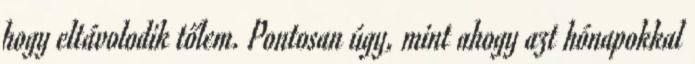
hogy eltávolodik tőlem. Pontosan úgy, mint ahogy azt hónapokkal